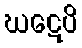
ဃဋေပိ